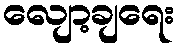
လျော့ချရေး